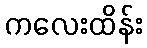
ကလေးထိန်း